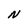
Character: N